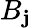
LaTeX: B_{\mathbf{j}}